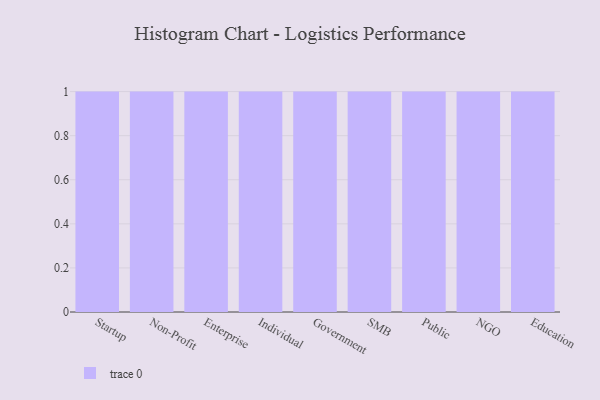
{"axis": {"x": "Segment", "y": "LTV (USD)"}, "legend": [""], "data": [{"x": "Startup", "y": 100, "type": ""}, {"x": "Non-Profit", "y": 8, "type": ""}, {"x": "Enterprise", "y": 50, "type": ""}, {"x": "Individual", "y": 85, "type": ""}, {"x": "Government", "y": 22, "type": ""}, {"x": "SMB", "y": 11, "type": ""}, {"x": "Public", "y": 87, "type": ""}, {"x": "NGO", "y": 44, "type": ""}, {"x": "Education", "y": 27, "type": ""}]}